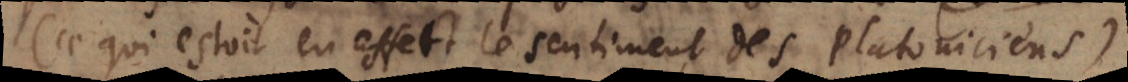
(ce qui estoit en effet le sentiment des Platoniciens)